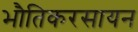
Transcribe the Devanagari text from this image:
भौतिकरसायन